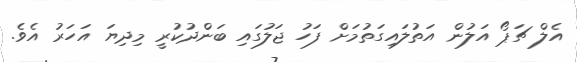
އެލް ޗަޕޯ އަލުން އަތުލައިގަތުމަށް ފަހު ޖަލުގައި ބަންދުކުރީ މިދިޔަ އަހަރު އެވެ.